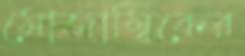
মোজাম্বিকের